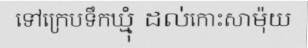
ទៅក្រេបទឹកឃ្មុំ ដល់កោះសាម៉ុយ